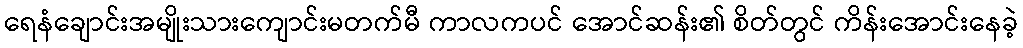
ရေနံချောင်းအမျိုးသားကျောင်းမတက်မီ ကာလကပင် အောင်ဆန်း၏ စိတ်တွင် ကိန်းအောင်းနေခဲ့